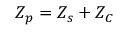
Z _ { p } = Z _ { s } + Z _ { C }